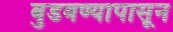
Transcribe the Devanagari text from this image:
बुडवण्यापासून